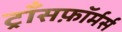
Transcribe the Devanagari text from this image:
ट्राँसफ़ॉर्मर्स